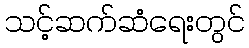
သင့်ဆက်ဆံရေးတွင်